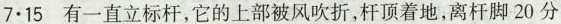
7.15有一直立标杆，它的上部被风吹折，杆顶着地，离杆脚20分